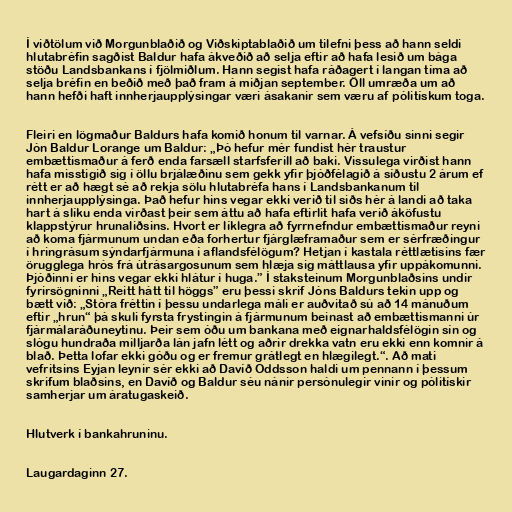
Í viðtölum við Morgunblaðið og Viðskiptablaðið um tilefni þess að hann seldi
hlutabréfin sagðist Baldur hafa ákveðið að selja eftir að hafa lesið um bága
stöðu Landsbankans í fjölmiðlum. Hann segist hafa ráðagert í langan tíma að
selja bréfin en beðið með það fram á miðjan september. Öll umræða um að
hann hefði haft innherjaupplýsingar væri ásakanir sem væru af pólitískum toga.

Fleiri en lögmaður Baldurs hafa komið honum til varnar. Á vefsíðu sinni segir
Jón Baldur Lorange um Baldur: „Þó hefur mér fundist hér traustur
embættismaður á ferð enda farsæll starfsferill að baki. Vissulega virðist hann
hafa misstigið sig í öllu brjálæðinu sem gekk yfir þjóðfélagið á síðustu 2 árum ef
rétt er að hægt sé að rekja sölu hlutabréfa hans í Landsbankanum til
innherjaupplýsinga. Það hefur hins vegar ekki verið til siðs hér á landi að taka
hart á slíku enda virðast þeir sem áttu að hafa eftirlit hafa verið áköfustu
klappstýrur hrunaliðsins. Hvort er líklegra að fyrrnefndur embættismaður reyni
að koma fjármunum undan eða forhertur fjárglæframaður sem er sérfræðingur
í hringrásum sýndarfjármuna í aflandsfélögum? Hetjan í kastala réttlætisins fær
örugglega hrós frá útrásargosunum sem hlæja sig máttlausa yfir uppákomunni.
Þjóðinni er hins vegar ekki hlátur í huga.” Í staksteinum Morgunblaðsins undir
fyrirsögninni „Reitt hátt til höggs” eru þessi skrif Jóns Baldurs tekin upp og
bætt við: „Stóra fréttin í þessu undarlega máli er auðvitað sú að 14 mánuðum
eftir „hrun“ þá skuli fyrsta frystingin á fjármunum beinast að embættismanni úr
fjármálaráðuneytinu. Þeir sem óðu um bankana með eignarhaldsfélögin sín og
slógu hundraða milljarða lán jafn létt og aðrir drekka vatn eru ekki enn komnir á
blað. Þetta lofar ekki góðu og er fremur grátlegt en hlægilegt.“. Að mati
vefritsins Eyjan leynir sér ekki að Davíð Oddsson haldi um pennann í þessum
skrifum blaðsins, en Davíð og Baldur séu nánir persónulegir vinir og pólitískir
samherjar um áratugaskeið.

Hlutverk í bankahruninu.

Laugardaginn 27.